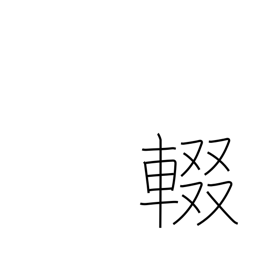
Meaning: stop